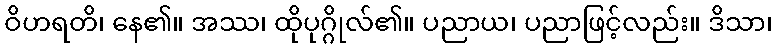
ဝိဟရတိ၊ နေ၏။ အဿ၊ ထိုပုဂ္ဂိုလ်၏။ ပညာယ၊ ပညာဖြင့်လည်း။ ဒိသာ၊